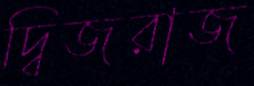
দ্বিজরাজ